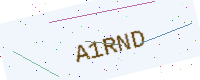
Text: A1RND